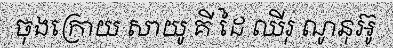
ចុងក្រោយ សាយូ គី ដៃ ឈីរុ ណូនុអ៊ូ